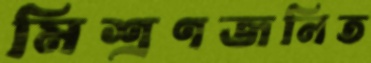
মিশ্রণজনিত